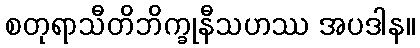
စတုရာသီတိဘိက္ခုနီသဟဿ အပဒါန။